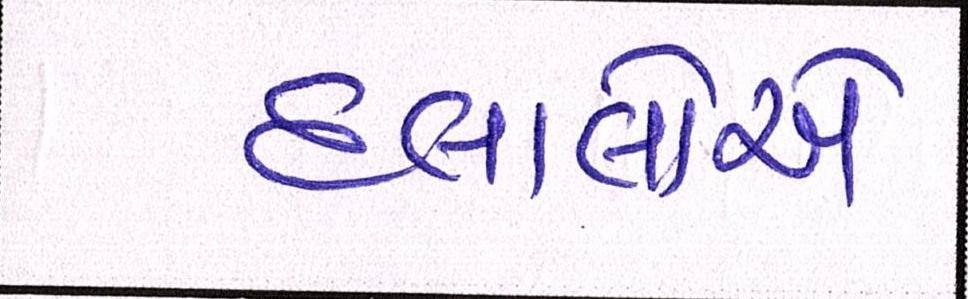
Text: દલાલોએ